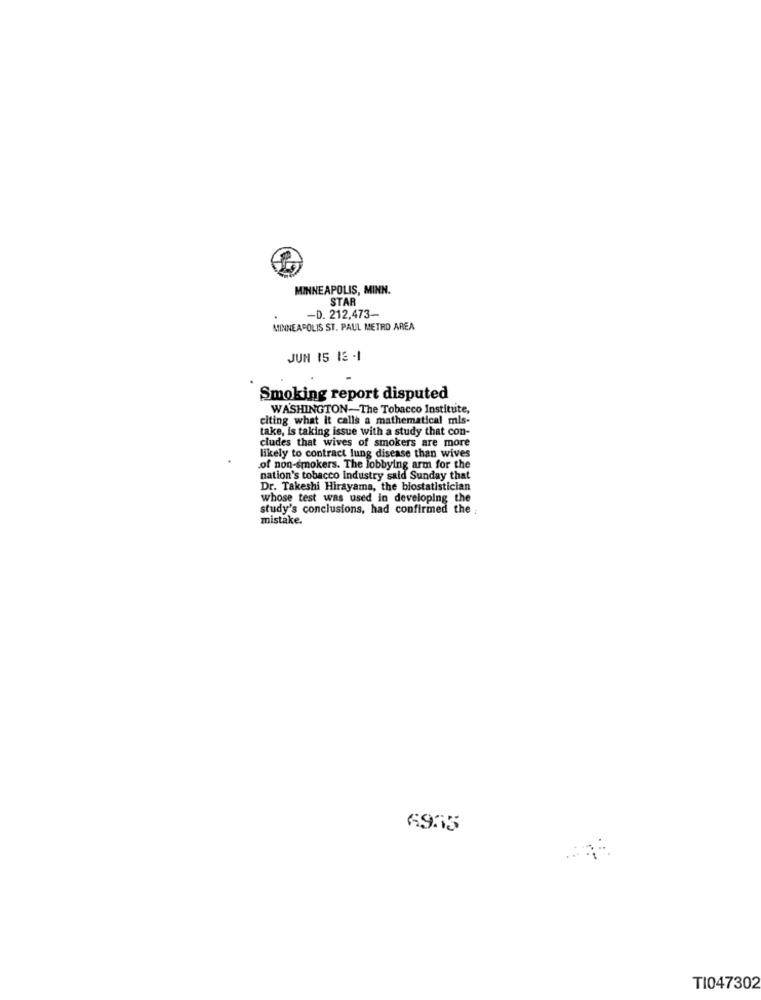
MINNEAPOLIS, MINN.
STAR
-D. 212,473-
MINNEAPOLIS ST. PAUL METRO AREA
JUN 15 13 -1
Smoking report disputed
WASHINGTON-The Tobacco Institute,
citing what it calls a mathematical mis-
take, is taking issue with a study that con-
cludes that wives of smokers are more
likely to contract lung disease than wives
.of non-smokers. The lobbying arm for the
nation's tobacco industry said Sunday that
Dr. Takeshi Hirayama, the biostatistician
whose test was used in developing the
study's conclusions, had confirmed the ;
mistake.
6935
T1047302